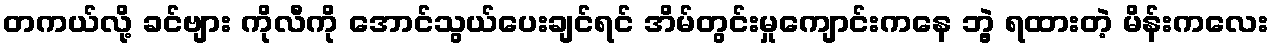
တကယ်လို့ ခင်ဗျား ကိုလီကို အောင်သွယ်ပေးချင်ရင် အိမ်တွင်းမှုကျောင်းကနေ ဘွဲ့ ရထားတဲ့ မိန်းကလေး